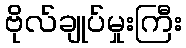
ဗိုလ်ချုပ်မှုးကြီး